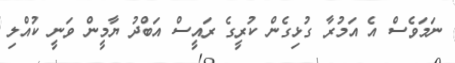
ނަމަވެސް އެ އަމުރާ ގުޅިގެން ކުރީގެ ރައީސް އަބްދު ޔާމީން ވަނީ ކުއްލި